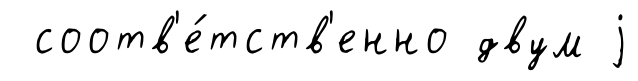
соотв'е́тств'енно двум j